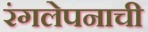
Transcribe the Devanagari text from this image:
रंगलेपनाची